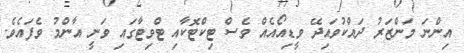
އިންނަ މަންޒަރު ދައްކުވައިދޭ ވީޑިއޯއެއް ވެސް ޓިކްޓޮކާއި ޓްވިޓާގައި ވަނީ އާންމު ވެފައެވެ.